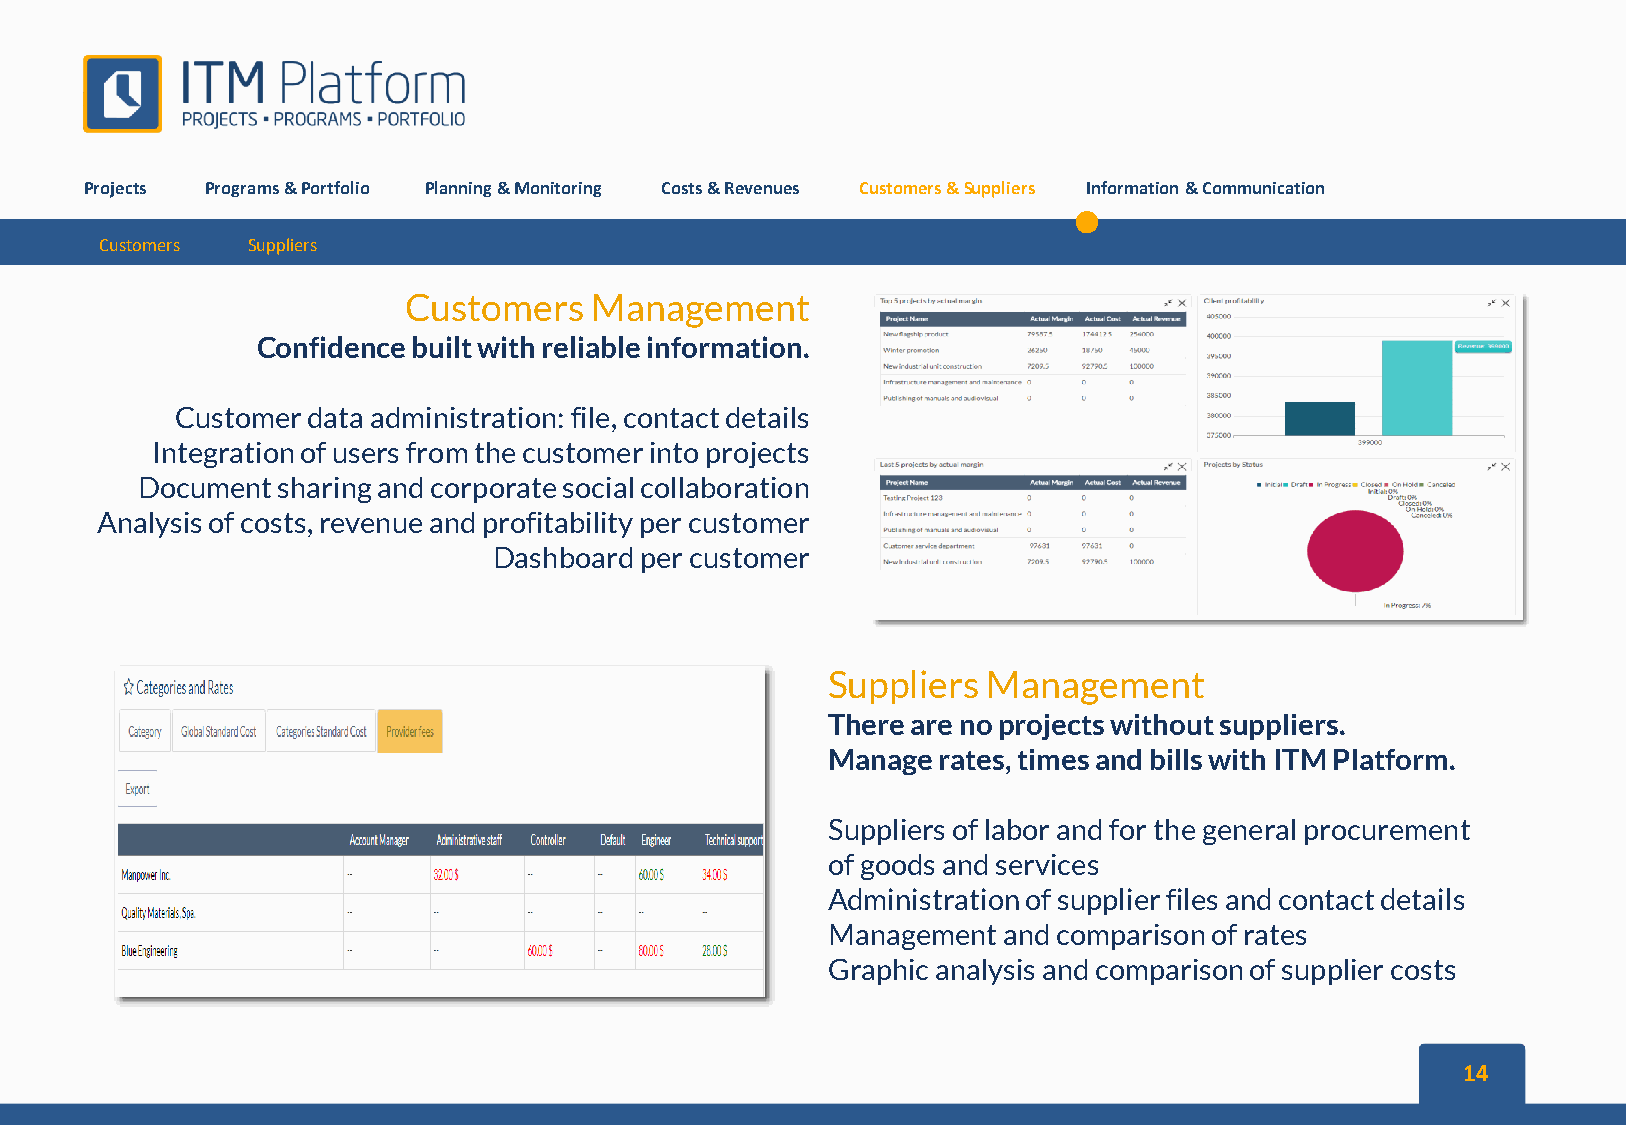
Projects Programs&Portfolio Planning&Monitoring Costs&Revenues Customers&Suppliers Information&Communication
 Customers Suppliers
 Customers   Management
 Confidence built with reliable information.
 Customer data administration: file, contact details
 Integration of users from the customerinto projects
 Document sharing and corporate social collaboration
 Analysis of costs, revenue and profitability per customer
 Dashboard percustomer
 Suppliers Management
 There are no projects without suppliers.
 Manage rates, times and bills with ITM Platform.
 Suppliers of labor and for the general procurement
 of goods and services
 Administration of supplier files and contact details
 Management and comparison of rates
 Graphic analysis and comparison of supplier costs
 14